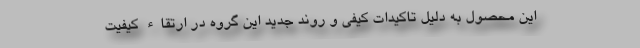
این محصول به دلیل تاکیدات کیفی و روند جدید این گروه در ارتقاء کیفیت